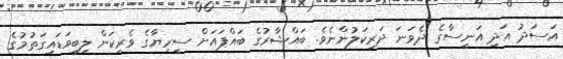
އަސަދު އަދި އަނީސާގެ ދެވަނަ ދަރިކަލުންނެވެ. ބައްޝާރުގެ ބައްޕައަށް ސީރިޔާގެ ވެރިކަން ލިބިވަޑައިގަތުމުގެ